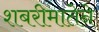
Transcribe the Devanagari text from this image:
शबरीमातेने